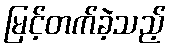
မြင့်တက်ခဲ့သည့်